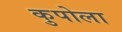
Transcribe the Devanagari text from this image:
कुपोला